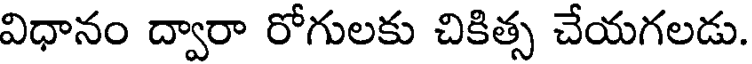
విధానం ద్వారా రోగులకు చికిత్స చేయగలడు.